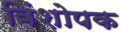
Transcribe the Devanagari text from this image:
विंशोपक